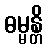
ဓမ္မန္တိ